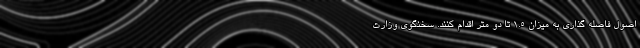
اصول فاصله گذاری به میزان ۱.۵ تا دو متر اقدام کنند. سخنگوی وزارت